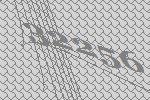
32256